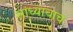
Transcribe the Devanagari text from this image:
सांध्याचाच